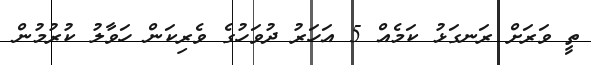
ތީ ވަރަށް ރަނގަޅު ކަމެއް 5 އަހަރު ދުވަހުގެ ވެރިކަން ހަވާލު ކުރުމުން